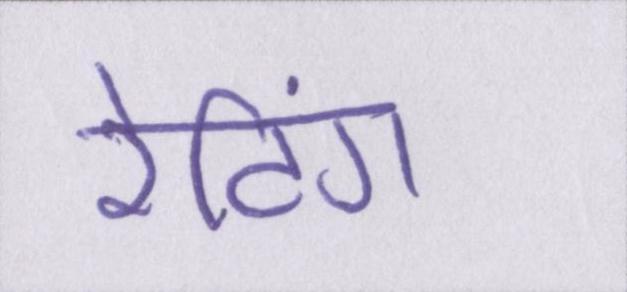
रेटिंग